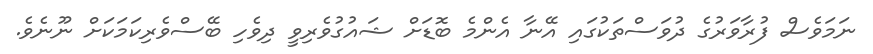
ނަމަވެސް ފުރާވަރުގެ ދުވަސްތަކުގައި އޭނާ އެންމެ ބޮޑަށް ޝައުގުވެރިވީ ދިވެހި ބޭސްވެރިކަމަކަށް ނޫނެވެ.